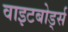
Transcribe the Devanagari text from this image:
वाइटबोर्ड्स